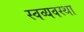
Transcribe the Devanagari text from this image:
स्वव्यवस्था